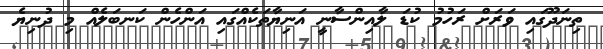
ތިނަދޫގައި ވަރަށް ރަހުމު ކުޑަ ލާއިންސާނީ އަނިޔާތަކެއްގައި އަންހެން ކަނބަލެއް މި ދުނިޔެ